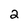
Character: 2